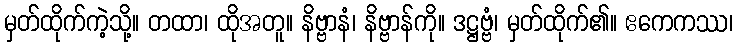
မှတ်ထိုက်ကဲ့သို့။ တထာ၊ ထိုအတူ။ နိဗ္ဗာနံ၊ နိဗ္ဗာန်ကို။ ဒဋ္ဌဗ္ဗံ၊ မှတ်ထိုက်၏။ ဧကေကဿ၊